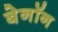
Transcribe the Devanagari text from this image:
बेनॉन